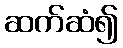
ဆက်ဆံ၍